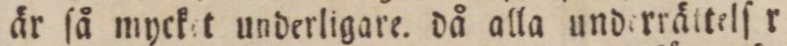
är ſå mycket underligare. då alla underrättelſ r